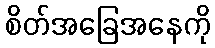
စိတ်အခြေအနေကို